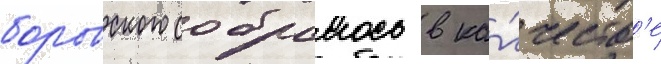
боровского собралось в ка́честв'е